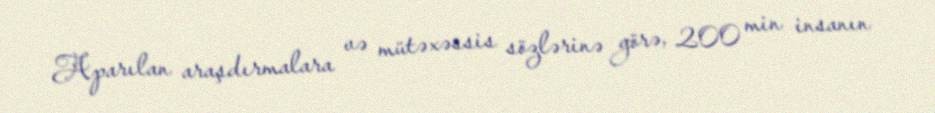
Aparılan araşdırmalara və mütəxəssis sözlərinə görə, 200 min insanın